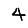
Digit: 4